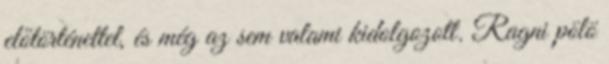
előtörténettel, és még az sem valami kidolgozott. Ragni pölö